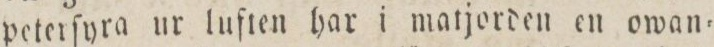
peterſyra ur luſten har i matjorden en owan=